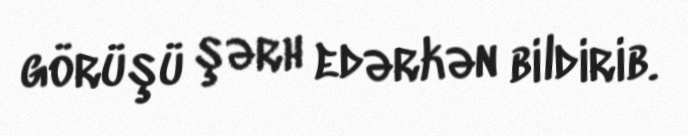
görüşü şərh edərkən bildirib.